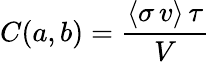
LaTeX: C(a,b)={\frac{\langle\sigma\, v\rangle\, \tau}{V}}